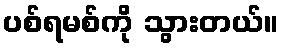
ပစ်ရမစ်ကို သွားတယ်။